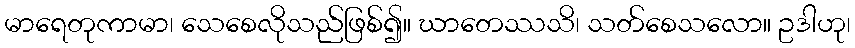
မာရေတုကာမာ၊ သေစေလိုသည်ဖြစ်၍။ ဃာတေဿသိ၊ သတ်စေသလော။ ဥဒါဟု၊